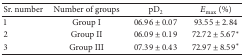
<table><thead><tr><td><b>Sr. number</b></td><td><b>Number of groups</b></td><td><b>pD<sub>2</sub></b></td><td><b><i>E</i><sub>max⁡</sub> (%)</b></td></tr></thead><tbody><tr><td>1</td><td>Group I</td><td>06.96 ± 0.07</td><td>93.55 ± 2.84</td></tr><tr><td>2</td><td>Group II</td><td>06.09 ± 0.19</td><td>72.72 ± 5.67*</td></tr><tr><td>3</td><td>Group III</td><td>07.39 ± 0.43</td><td>72.97 ± 8.59*</td></tr></tbody></table>